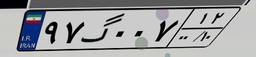
۹۷گ۰۰۷۱۲